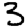
Digit: 3